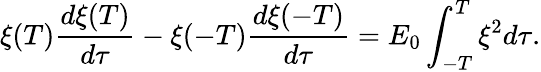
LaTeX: \xi(T)\frac{d\xi(T)}{d\tau}-\xi(-T)\frac{d\xi(-T)}{d\tau}=E_{0}\int_{-T}^{T}\xi^{2}d\tau.